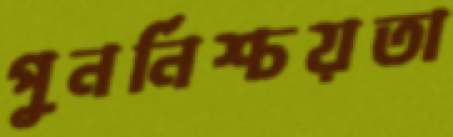
পুনর্নিশ্চয়তা